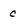
Character: c